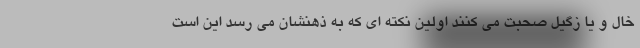
خال و یا زگیل صحبت می کنند اولین نکته ای که به ذهنشان می رسد این است